Senior Leaving Certificate Examination (including Day School Certificate (Higher) General paper), 1948
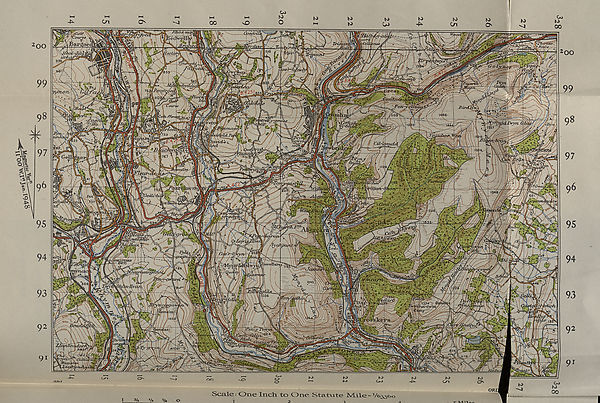
Lr\
4^
Ur\
^3
CO
.
"God
y J\Aapg6e
Trinant\ Volti£ri«.*
-UIcMh -M t /
2 oo
J'vke
m i li
/aivr
fy'r
'^/To
m
“T^v
2 oo
Ir/pifisU
syz t
rVA:
......
irO t.
961
853
99
Vi...
99
mi
p.tj i
TunorvX
m
1 ini&mM&j
Pe-n
3E
^»fC;— upe
98
i486
98
J'-tyro&s
' (I
-tfo. b\ 9L.#s
ir HOC
ES57
: ftPZn
r^v
uu
t/^hen!
Ml
i'fc
W\jS^Zpcivt<i i- -
CiL-LdnycLd //a
--‘' ' 3 **. 1 * 1
- . te£5
3
IB'fBfM
'
SOS
sn
97
Cell
- .'
- V> '
to-.«%.
Grcuigy
96
’(rraig
75?.
1348
'GfdJjr
Tnn
Qrp
5rs
LV^7/,7
Sra
95
95
' ■'fcffsvg | ; 7 *
■ ’CeM* -+ ' • - A'".■•■.■& .;": « n,
i^Kaez&9-/y<^
a*rr
^ -
7,^
8508
94
94
»jSaw«
GOJjIGAER :
— flWTU , '•
. ■ •: R
MOL v' .
78S
i
•tf-
. NM:\i / j:
306
/>.« kAxtJJrm \ Mfflm
93
93
036
' •' 9-
K. m
L <?
*€aimp
-\ i
o s7sllce i rs /
1264 5*
lOSfl
•V)
92
92
_Z>3hV/j
.
91
JsSct
91
o->
-4^
Ca»
O-
Co
"-J
OR
OO
I 34 Vz %. O
Scale: One Inch, to One Statute Male -